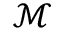
\mathcal { M }